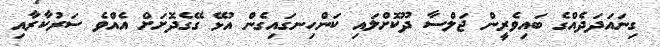
ގިނައަދަދެއްގެ ބައިވެރީން ޖަލްސާ ދޫކޮށްލައި ކަންހިނގައިގެން އުޅޭ ގޭގެދޮށަށް އެއްވެ ސަރުކާރާއި